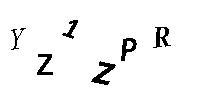
YZ1ZPR